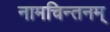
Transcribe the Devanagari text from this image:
नामचिन्तनम्